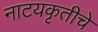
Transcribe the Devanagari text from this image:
नाटयकृतीचे